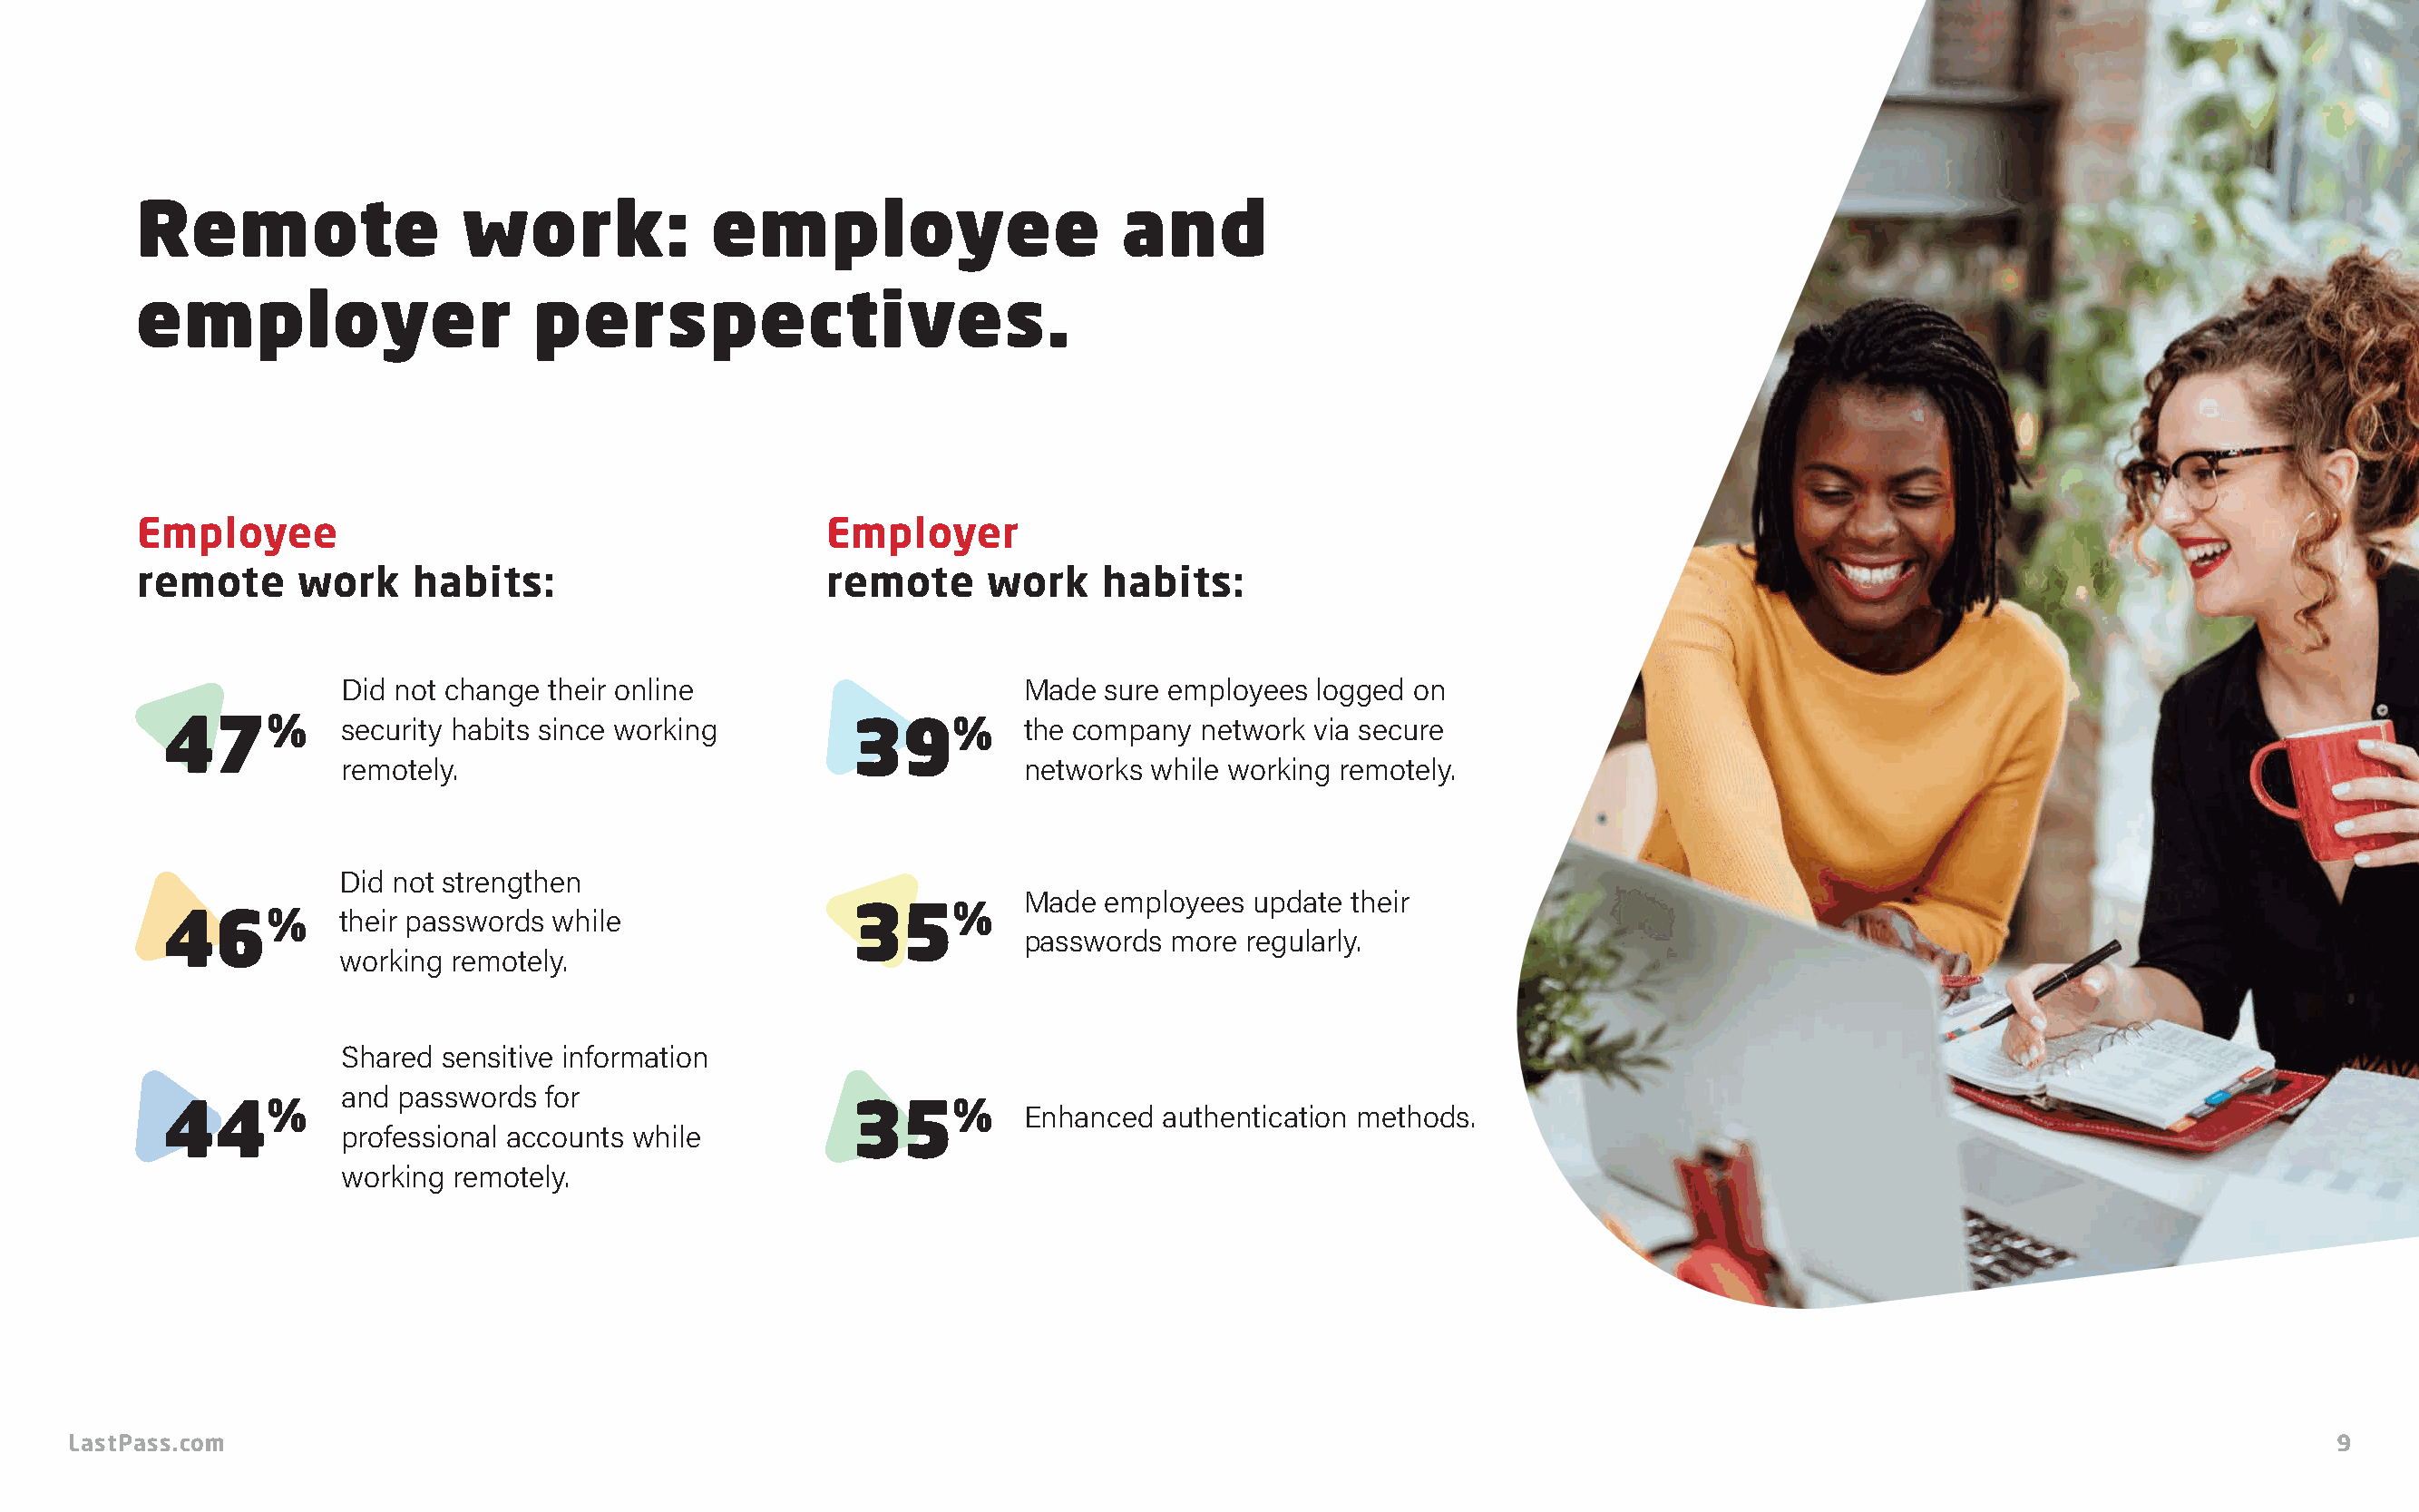
Remote                  work:             employee                      and
 employer                     perspectives.
 Employee                                          Employer
 remote      work    habits:                       remote      work    habits:
 Did not change their online                       Made  sure employees logged on
 47%          security habits since working        39%          the company  network via secure
 remotely.                                         networks while working remotely.
 Did not strengthen
 Made  employees update  their
 46%          their passwords while
 35%
 passwords more  regularly.
 working remotely.
 Shared sensitive information
 and passwords  for
 44%                                               35%          Enhanced  authentication methods.
 professional accounts while
 working remotely.
 LastPass.com                                                                                                                                                          9